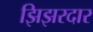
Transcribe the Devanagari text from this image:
झिझरदार